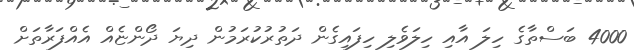
4000 ބަސްތާގެ ހިލަ އާއި ހިލަވެލި ހިފައިގެން ދަތުރުކުރަމުން ދިޔަ ދޯންޏެއް އެއްފަރާތަަށް